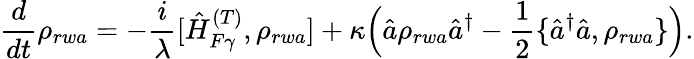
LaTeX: \frac{d}{dt}\rho_{rwa}=-\frac{i}{\lambda}[\hat{H}_{F\gamma}^{(T)},\rho_{rwa}]+\kappa\Big(\hat{a}\rho_{rwa}\hat{a}^{\dagger}-\frac{1}{2}\{ \hat{a}^{\dagger}\hat{a},\rho_{rwa}\} \Big).